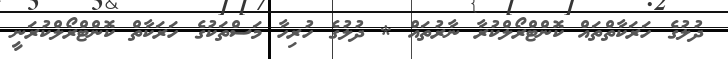
ދުލުގެ ހަރަކާތްތައް ކޮންޓްރޯލްކުރާ ނާރުތައް * ދުލުގެ ހުރިހާ މަސްތަކުގެ ހަރަކާތް ކޮންޓްރޯލްކުރަނީ